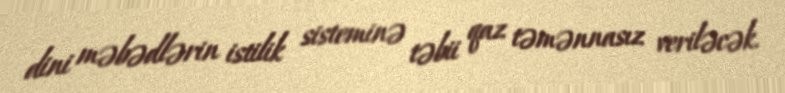
dini məbədlərin istilik sisteminə təbii qaz təmənnasız veriləcək.